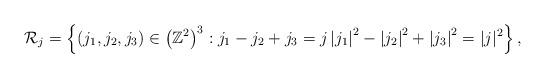
LaTeX: \begin{align*} \mathcal{R}_j=\left\{\left(j_{1}, j_{2}, j_{3}\right) \in\left(\mathbb{Z}^{2}\right)^{3}: j_{1}-j_{2}+j_{3}=j \left|j_{1}\right|^{2}-\left|j_{2}\right|^{2}+\left|j_{3}\right|^{2}=|j|^{2}\right\},\end{align*}